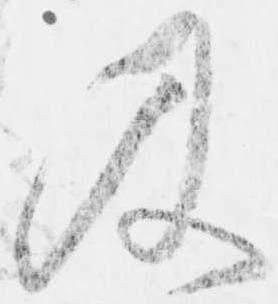
及